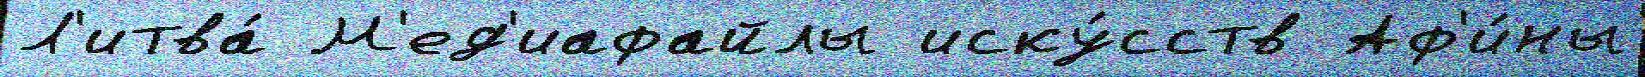
Л'итва́ М'ед'иафайлы иску́сств Аф'и́ны